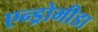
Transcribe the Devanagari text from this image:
एन्ड्रोमीडा